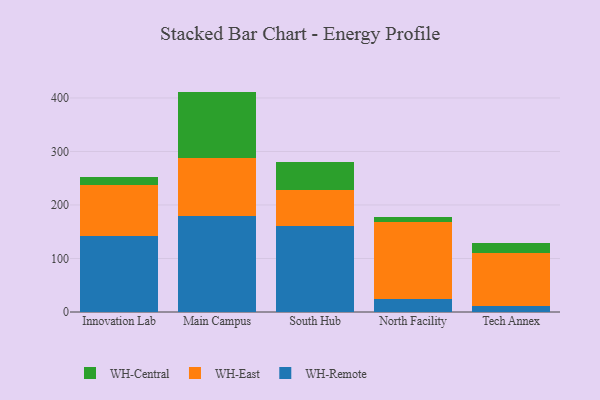
{"axis": {"x": "Campus", "y": "Revenue (USD Million)"}, "legend": ["WH-Central", "WH-East", "WH-Remote"], "data": [{"x": "Innovation Lab", "y": 142.3, "type": "WH-Remote"}, {"x": "Innovation Lab", "y": 95.0, "type": "WH-East"}, {"x": "Innovation Lab", "y": 15.9, "type": "WH-Central"}, {"x": "Main Campus", "y": 179.7, "type": "WH-Remote"}, {"x": "Main Campus", "y": 108.3, "type": "WH-East"}, {"x": "Main Campus", "y": 123.9, "type": "WH-Central"}, {"x": "South Hub", "y": 161.6, "type": "WH-Remote"}, {"x": "South Hub", "y": 66.5, "type": "WH-East"}, {"x": "South Hub", "y": 52.4, "type": "WH-Central"}, {"x": "North Facility", "y": 24.5, "type": "WH-Remote"}, {"x": "North Facility", "y": 144.0, "type": "WH-East"}, {"x": "North Facility", "y": 9.3, "type": "WH-Central"}, {"x": "Tech Annex", "y": 10.6, "type": "WH-Remote"}, {"x": "Tech Annex", "y": 99.6, "type": "WH-East"}, {"x": "Tech Annex", "y": 19.2, "type": "WH-Central"}]}